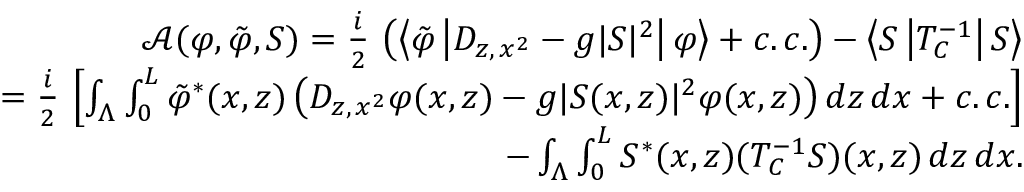
\begin{array} { r l r } & { } & { \mathcal { A } ( \varphi , \tilde { \varphi } , S ) = \frac { i } { 2 } \, \left( \left\langle \tilde { \varphi } \left\vert D _ { z , \, x ^ { 2 } } - g \vert S \vert ^ { 2 } \right\vert \varphi \right\rangle + c . \, c . \right) - \left\langle S \left\vert T _ { C } ^ { - 1 } \right\vert S \right\rangle } \\ & { } & { = \frac { i } { 2 } \, \left\lbrack \int _ { \Lambda } \int _ { 0 } ^ { L } \tilde { \varphi } ^ { \ast } ( x , z ) \left( D _ { z , \, x ^ { 2 } } \varphi ( x , z ) - g \vert S ( x , z ) \vert ^ { 2 } \varphi ( x , z ) \right) d z \, d x + c . \, c . \right\rbrack } \\ & { } & { - \int _ { \Lambda } \int _ { 0 } ^ { L } S ^ { \ast } ( x , z ) ( T _ { C } ^ { - 1 } S ) ( x , z ) \, d z \, d x . } \end{array}